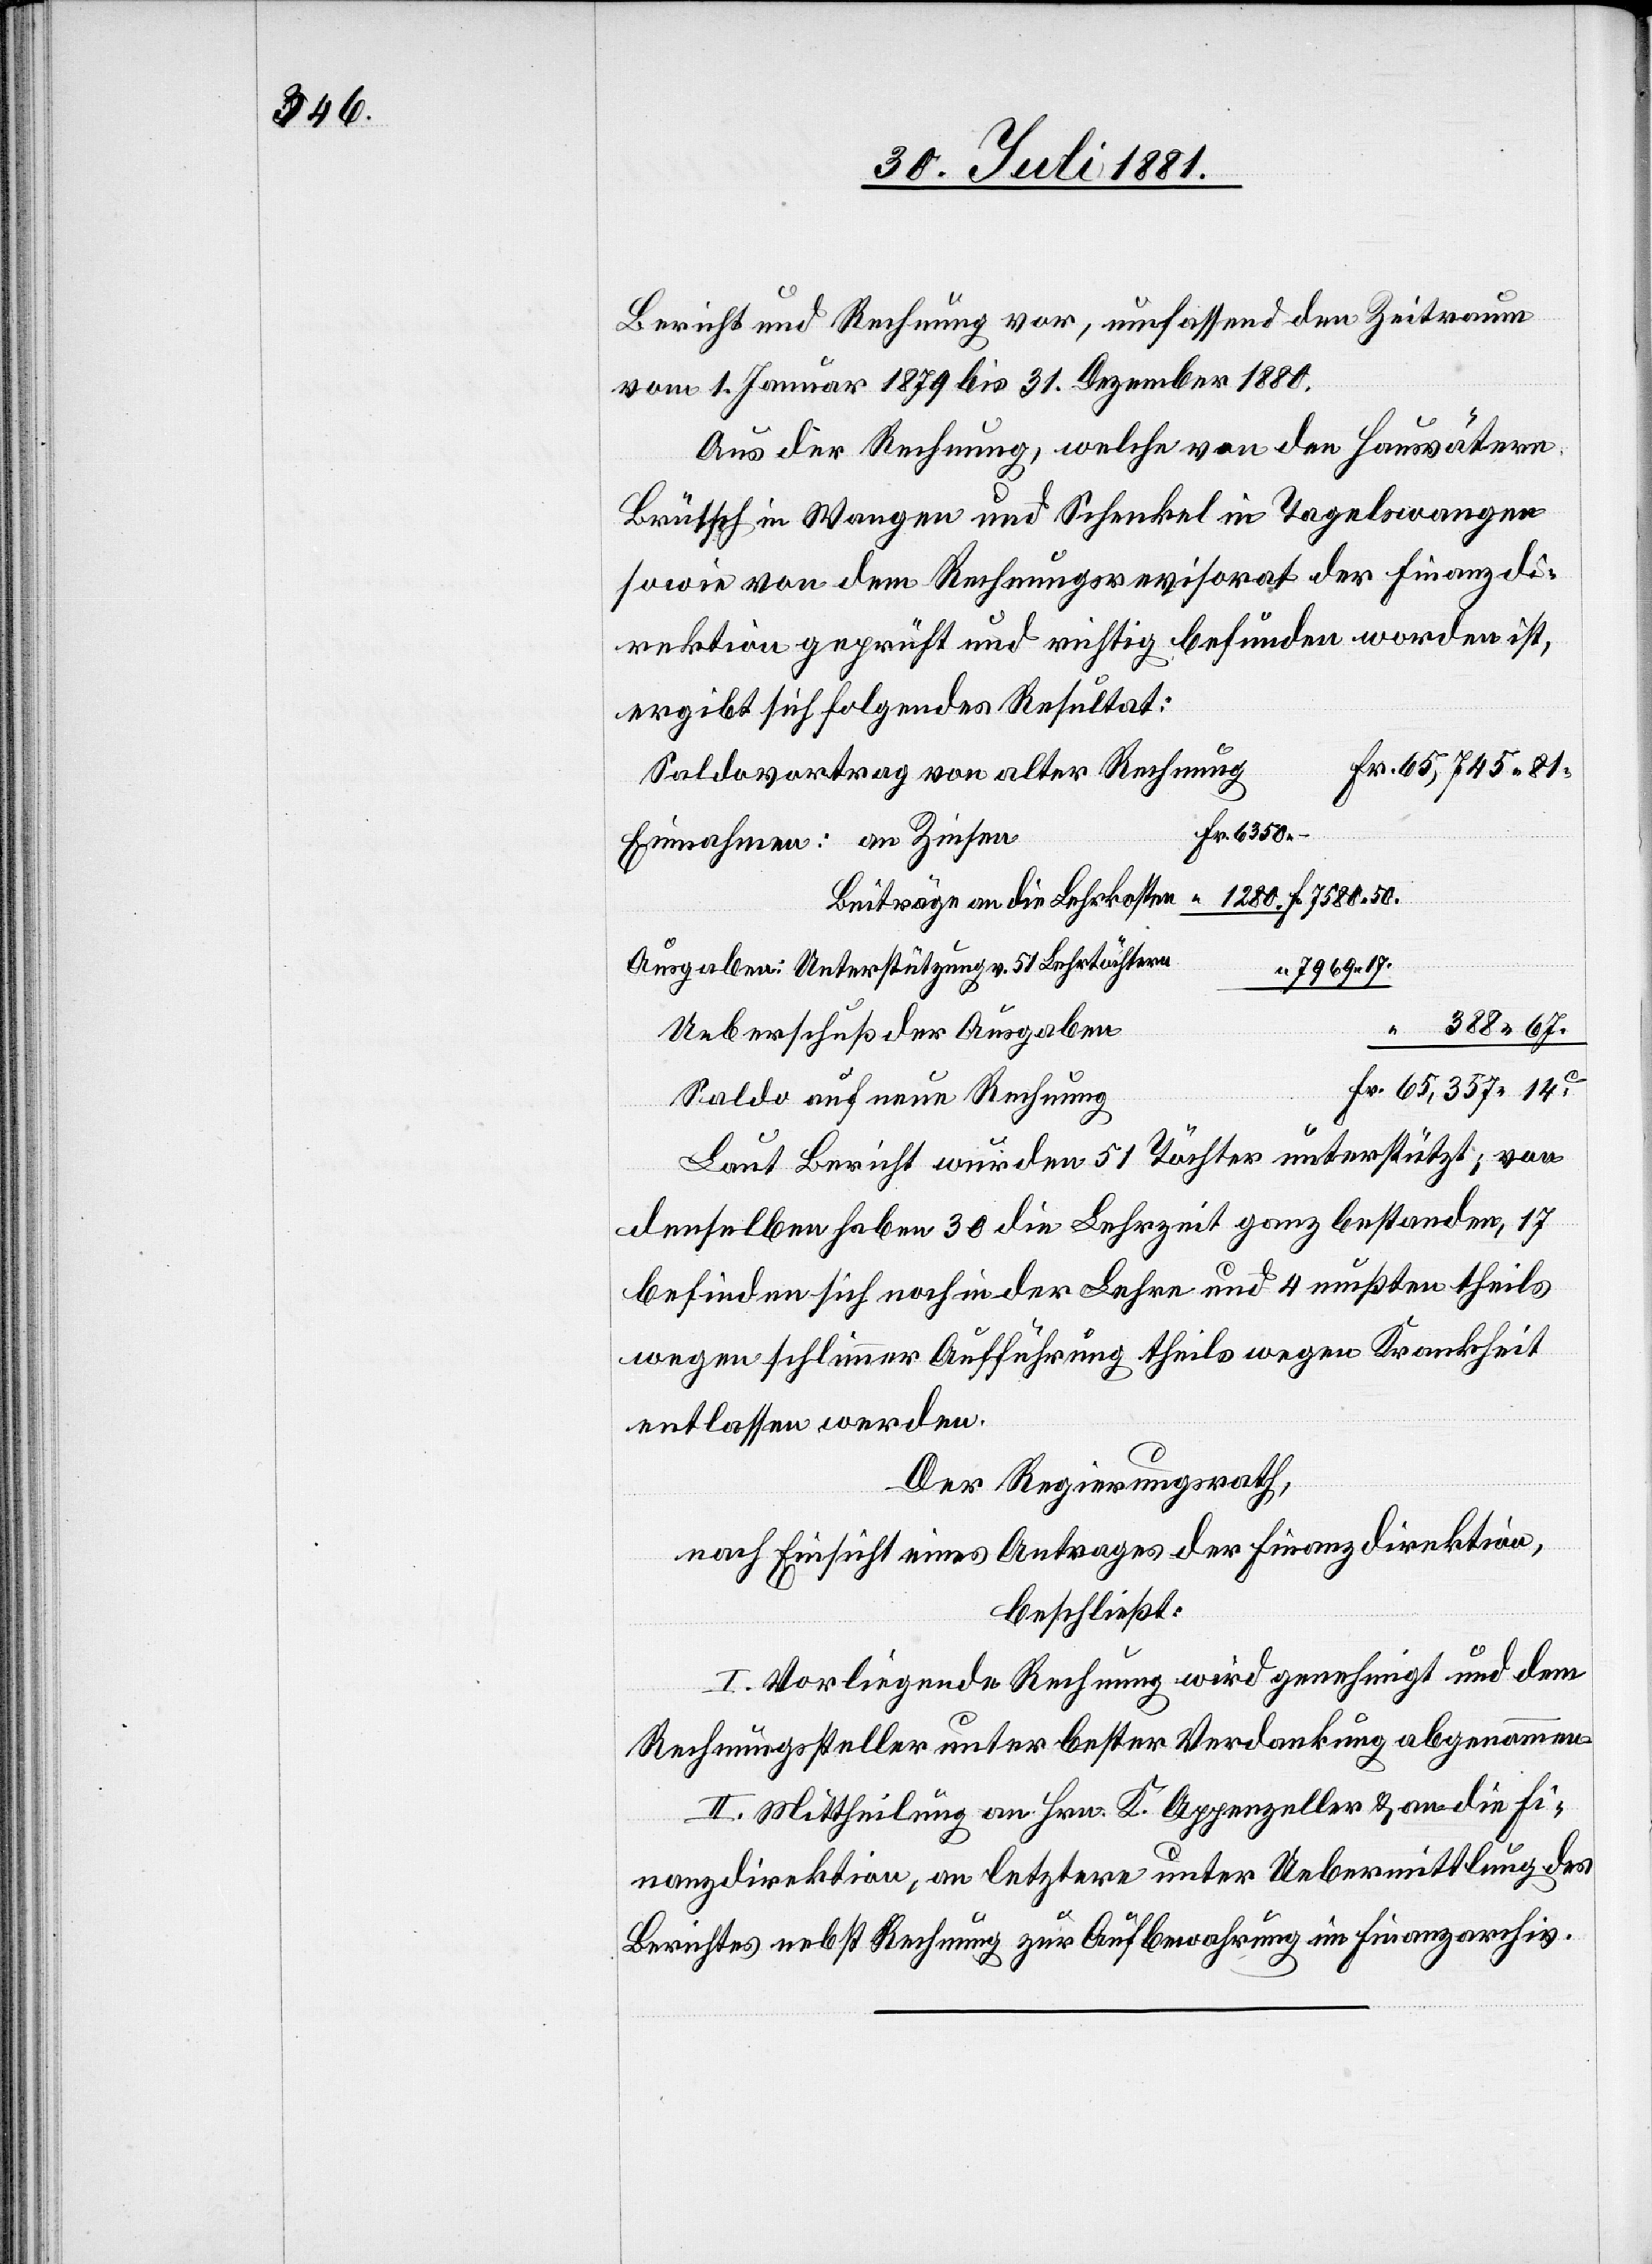
388 67.

Bericht und Rechnung vor, umfassend den Zeitraum
vom 1. Januar 1879 bis 31. Dezember 1880.
Aus der Rechnung, welche von den Hausvätern
Brütsch in Wangen und Schenkel in Tagelswangen
sowie von dem Rechnungsrevisorat der Finanzdi¬
rektion geprüft und richtig befunden worden ist,
ergibt sich folgendes Resultat:
Saldovortrag von alter Rechnung
Fr.
7969 17.
Ueberschuß der Ausgaben
Saldo auf neue Rechnung
Laut Bericht wurden 51 Töchter unterstützt; von
denselben haben 30 die Lehrzeit ganz bestanden, 17
befinden sich noch in der Lehre und 4 mußten theils
wegen schlimmer Aufführung theils wegen Krankheit
entlassen werden.
Der Regierungsrath,
nach Einsicht eines Antrages der Finanzdirektion,
beschließt:
I. Vorliegende Rechnung wird genehmigt und dem
Rechnungssteller unter bester Verdankung abgenommen.
II. Mittheilung an Hrn. K. Appenzeller & an die Fi¬
nanzdirektion, an letztere unter Uebermittlung des
Berichtes nebst Rechnung zur Aufbewahrung im Finanzarchiv.